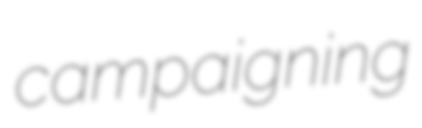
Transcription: campaigning